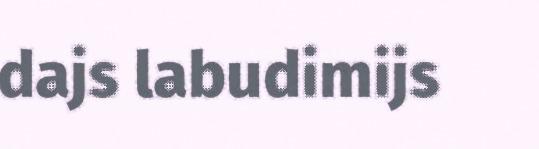
dajs labudimijs